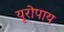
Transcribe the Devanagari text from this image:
यूरोपाय